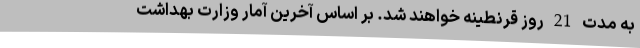
به مدت 21 روز قرنطینه خواهند شد. بر اساس آخرین آمار وزارت بهداشت